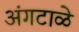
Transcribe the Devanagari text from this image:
अंगटाळे